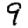
Digit: 9